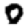
Digit: 0